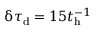
\updelta \tau _ { \mathrm { d } } = 1 5 t _ { \mathrm { h } } ^ { - 1 }